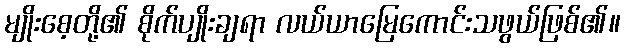
မျိုးစေ့တို့၏ စိုက်ပျိုးချရာ လယ်ယာမြေကောင်းသဖွယ်ဖြစ်၏။